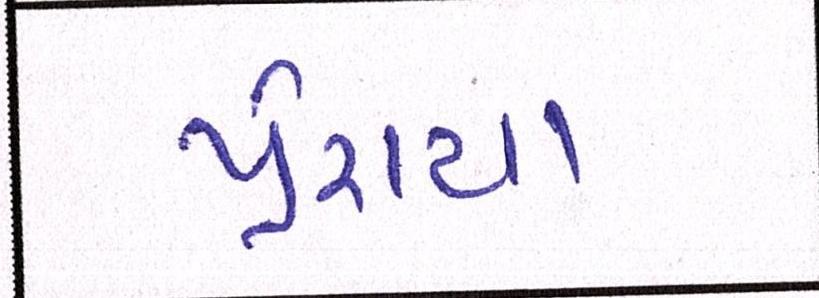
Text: પ્રેરાયા